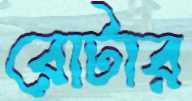
রোটার